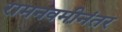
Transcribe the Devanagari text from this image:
रामनवमीनंतर